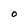
Character: O